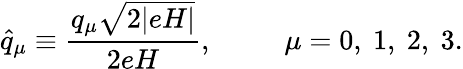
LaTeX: \hat{q}_{\mu}\equiv\frac{q_{\mu}\sqrt{2|eH|}}{2eH},~~~~~~~~~~\mu=0,~1,~2,~3.